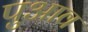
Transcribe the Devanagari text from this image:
पुआव